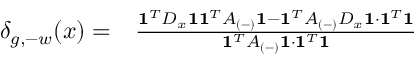
\begin{array} { r l } { \delta _ { g , - w } ( x ) = } & { \frac { \mathbf { 1 } ^ { T } D _ { x } \mathbf { 1 } \mathbf { 1 } ^ { T } A _ { ( - ) } \mathbf { 1 } - \mathbf { 1 } ^ { T } A _ { ( - ) } D _ { x } \mathbf { 1 } \cdot \mathbf { 1 } ^ { T } \mathbf { 1 } } { \mathbf { 1 } ^ { T } A _ { ( - ) } \mathbf { 1 } \cdot \mathbf { 1 } ^ { T } \mathbf { 1 } } } \end{array}